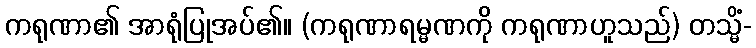
ကရုဏာ၏ အာရုံပြုအပ်၏။ (ကရုဏာရမ္မဏကို ကရုဏာဟူသည်) တသ္မိံ-